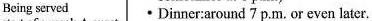
Being served ·Dinner:around 7 p.M. or even later.